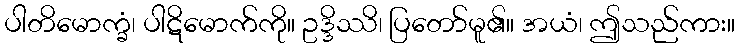
ပါတိမောက္ခံ၊ ပါဋိမောက်ကို။ ဥဒ္ဒိဿိ၊ ပြတော်မူ၏။ အယံ၊ ဤသည်ကား။